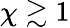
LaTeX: \chi\gtrsim 1